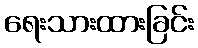
ရေးသားထားခြင်း